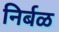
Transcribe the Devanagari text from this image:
निर्बळ